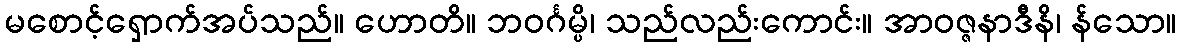
မစောင့်ရှောက်အပ်သည်။ ဟောတိ။ ဘဝင်္ဂမ္ပိ၊ သည်လည်းကောင်း။ အာဝဇ္ဇနာဒီနိ၊ န်သော။